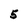
Character: 5